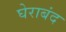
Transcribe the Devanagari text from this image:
घेराबंद